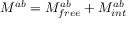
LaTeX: M ^ { a b } = M _ { f r e e } ^ { a b } + M _ { i n t } ^ { a b }